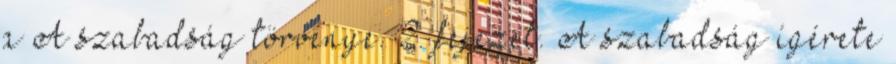
a A szabadság törvénye. 2. fejezet. A szabadság ígérete